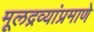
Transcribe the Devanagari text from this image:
मूलद्रव्यांप्रमाणे